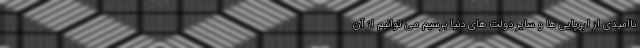
ناامیدی از اروپایی ها و سایر دولت های دنیا برسیم می توانیم از آن